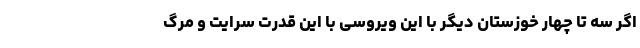
اگر سه تا چهار خوزستان دیگر با این ویروسی با این قدرت سرایت و مرگ